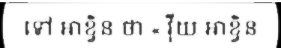
ទៅ អាខ្វិន ថា « វ៉ីយ អាខ្វិន